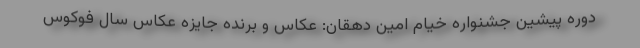
دوره پیشین جشنواره خیام امین دهقان: عکاس و برنده جایزه عکاس سال فوکوس